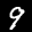
Label: 9